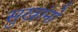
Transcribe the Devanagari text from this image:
सुखांनो